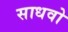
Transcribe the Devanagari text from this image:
साधवो